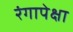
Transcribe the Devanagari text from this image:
रंगापेक्षा